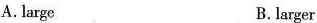
A.large B.larger